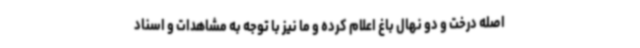
اصله درخت و دو نهال باغ اعلام کرده و ما نیز با توجه به مشاهدات و اسناد